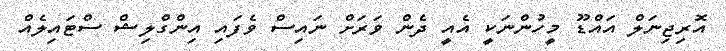
އޮރިޖިނަލް އައްޑޫ މީހުންނަކީ އެއީ ދެން ވަރަށް ނައިސް ވެފައި އިންގްލިޝް ސްޓައިލެއް